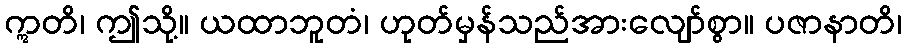
ဣတိ၊ ဤသို့။ ယထာဘူတံ၊ ဟုတ်မှန်သည်အားလျော်စွာ။ ပဇာနာတိ၊